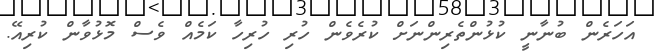
އަހަރެން ބުނާނީ ކުޅުންތެރިންނަށް ކުރެވެން ހުރި ހުރިހާ ކަމެއް ވެސް މޮޅުވާން ކުރިއޭ.